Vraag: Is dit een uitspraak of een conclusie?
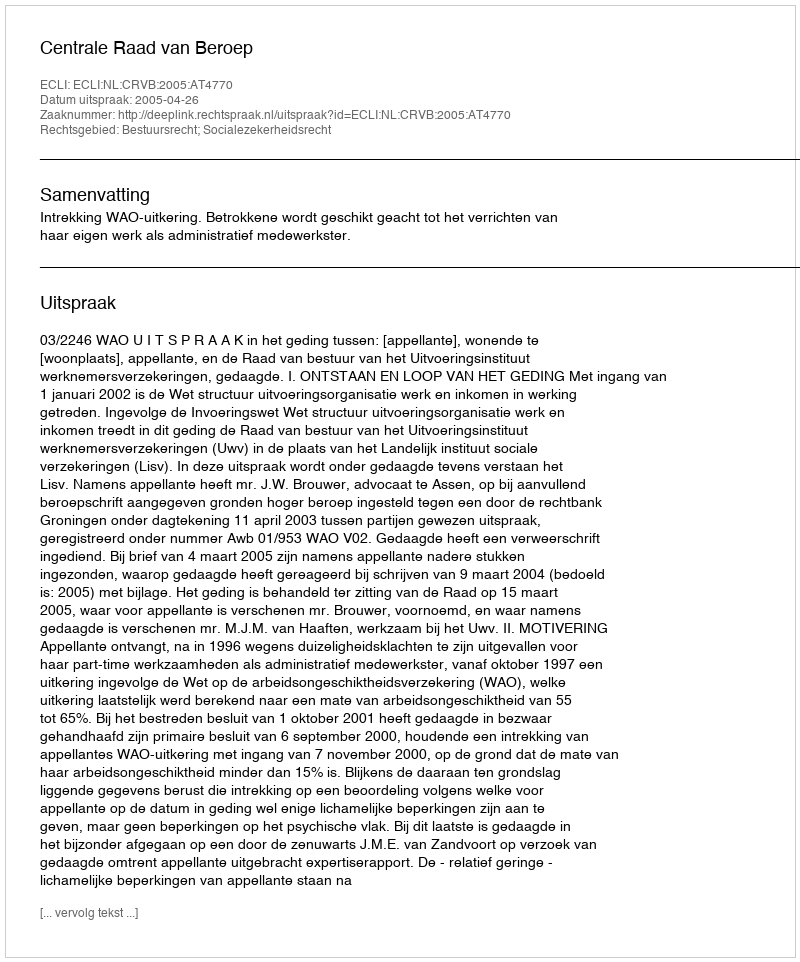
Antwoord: Uitspraak